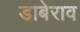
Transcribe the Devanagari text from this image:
डाबेराव